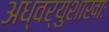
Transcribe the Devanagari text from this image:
अध्वर्युशाखाः